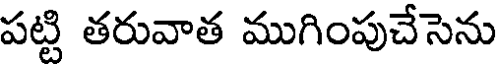
పట్టి తరువాత ముగింపుచేసెను